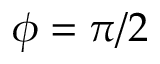
\phi = \pi / 2